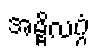
အမ္ဗိလဂ္ဂံ